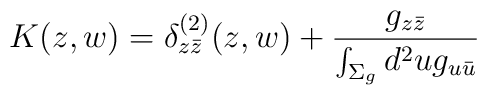
K(z,w)=\delta_{z\bar z}^{(2)}(z,w)+{g_{z\bar z}\over\int_{\Sigma_g} d^2ug_{u\bar u}}